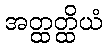
အတ္ထတ္ထိယံ